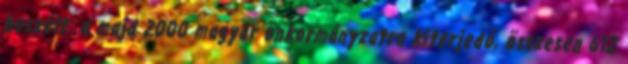
beszélt: a majd 2000 magyar önkormányzatra kiterjedő, összesen 612